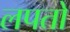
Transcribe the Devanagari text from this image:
लपतो